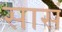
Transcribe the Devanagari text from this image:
सासं